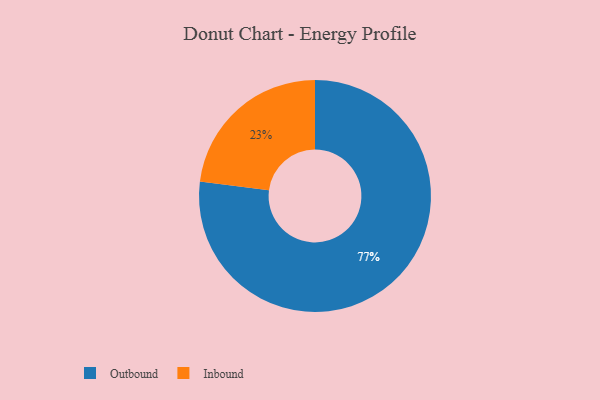
{"axis": {"x": "Category", "y": "Percentage"}, "legend": ["Inbound", "Outbound"], "data": [{"x": "Inbound", "y": 23, "type": "Inbound"}, {"x": "Outbound", "y": 77, "type": "Outbound"}]}